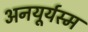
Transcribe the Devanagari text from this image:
अनयूर्यस्म